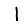
Digit: 1